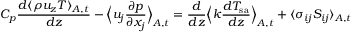
C _ { p } \frac { d \langle \rho u _ { z } T \rangle _ { A , t } } { d z } - \Big \langle u _ { j } \frac { \partial p } { \partial x _ { j } } \Big \rangle _ { A , t } = \frac { d } { d z } \Big \langle k \frac { d T _ { \mathrm { s a } } } { d z } \Big \rangle _ { A , t } + \langle \sigma _ { i j } S _ { i j } \rangle _ { A , t }